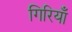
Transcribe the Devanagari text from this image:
गिरियाँ